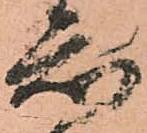
知